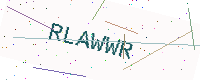
Text: RLAWWR